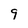
Character: 9